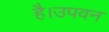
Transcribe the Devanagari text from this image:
है।उपवन